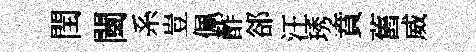
閏闉系豈佩酢郤汪琇賁舊威